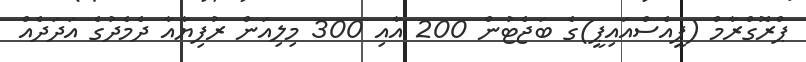
ޕްރޮގްރާމް (ޕީއެސްއައިޕީ)ގެ ބަޖެޓުން 200 އާއި 300 މިލިއަން ރުފިޔާއާ ދެމެދުގެ އަދަދެއް